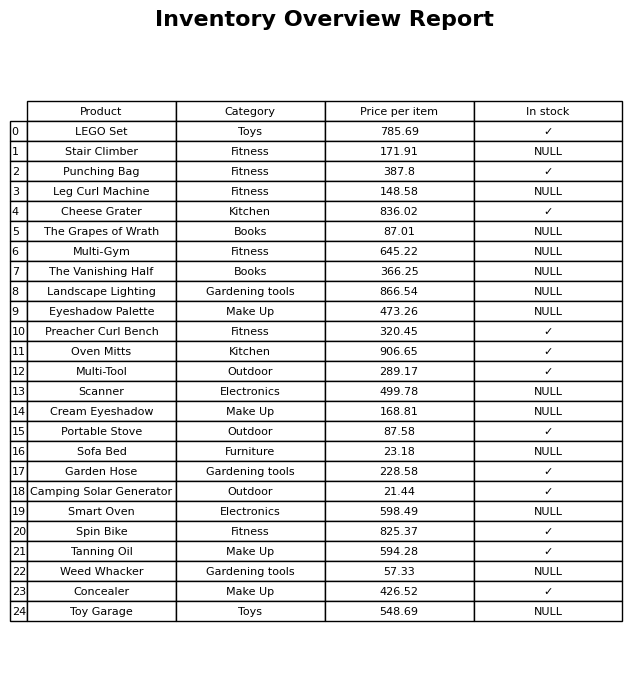
question: What is the price for Portable Stove?
answer: The price of Portable Stove is 87.58.